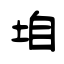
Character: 垍